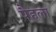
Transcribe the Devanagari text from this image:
पैहला